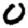
Digit: 0